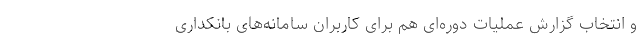
و انتخاب گزارش عملیات دوره‌ای هم برای کاربران سامانه‌های بانکداری